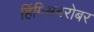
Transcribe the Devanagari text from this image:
हिंगिसबरोबर